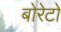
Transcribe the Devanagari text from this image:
बोरेटों